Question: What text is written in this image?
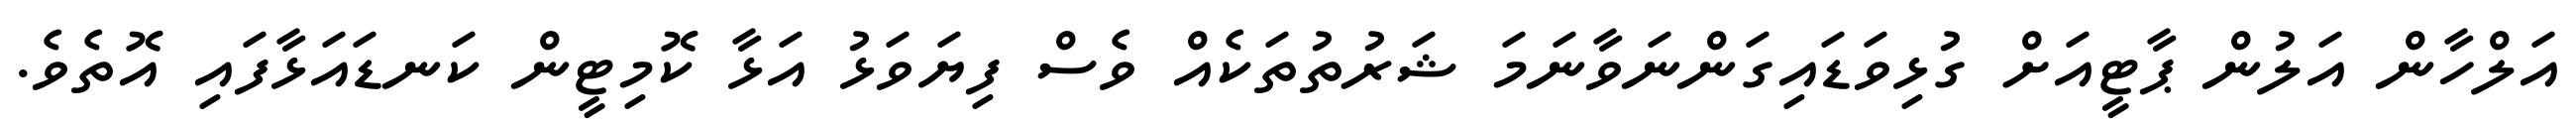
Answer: އަލްހާން އަލުން ޕާޓީއަށް ގުޅިވަޑައިގަންނަވާނަމަ ޝަރުތުތަކެއް ވެސް ފިޔަވަޅު އަޅާ ކޮމިޓީން ކަނޑައަޅާފައި އޮތެވެ.